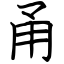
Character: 甬